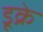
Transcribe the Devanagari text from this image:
डूक्रे